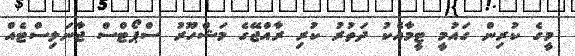
މީގެ ކުރިން ގައުމީ ޓީމާއެކު ދަތުރު ކުރި ރާއްޖޭގެ މަޝްހޫރު ސްޕޯޓްސް ޖާނަލިސްޓެއް